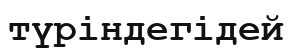
түріндегідей